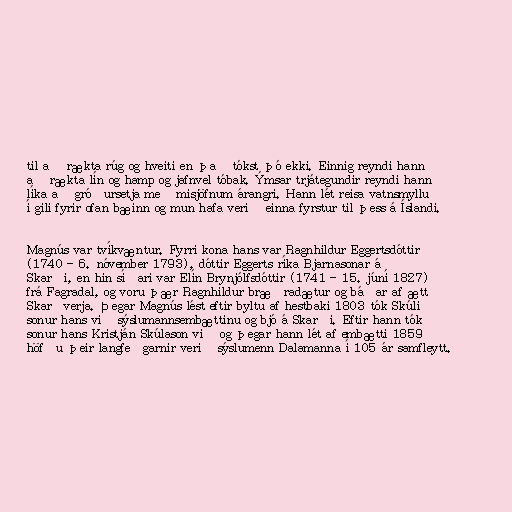
til að rækta rúg og hveiti en það tókst þó ekki. Einnig reyndi hann
að rækta lín og hamp og jafnvel tóbak. Ýmsar trjátegundir reyndi hann
líka að gróðursetja með misjöfnum árangri. Hann lét reisa vatnsmyllu
í gili fyrir ofan bæinn og mun hafa verið einna fyrstur til þess á Íslandi.

Magnús var tvíkvæntur. Fyrri kona hans var Ragnhildur Eggertsdóttir
(1740 - 6. nóvember 1793), dóttir Eggerts ríka Bjarnasonar á
Skarði, en hin síðari var Elín Brynjólfsdóttir (1741 - 15. júní 1827)
frá Fagradal, og voru þær Ragnhildur bræðradætur og báðar af ætt
Skarðverja. Þegar Magnús lést eftir byltu af hestbaki 1803 tók Skúli
sonur hans við sýslumannsembættinu og bjó á Skarði. Eftir hann tók
sonur hans Kristján Skúlason við og þegar hann lét af embætti 1859
höfðu þeir langfeðgarnir verið sýslumenn Dalamanna í 105 ár samfleytt.